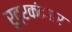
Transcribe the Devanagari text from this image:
रुद्रकंठवार